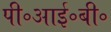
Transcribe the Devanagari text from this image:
पी॰आई॰बी॰